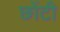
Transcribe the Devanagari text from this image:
छोंटी